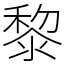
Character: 黎